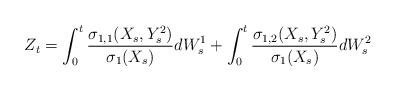
LaTeX: \begin{align*}Z_t = \int_0^t \frac{\sigma_{1,1} (X_s, Y^2_s) }{\sigma_1(X_s)} d W^1_s + \int_0^t \frac{\sigma_{1,2} (X_s, Y^2_s) }{\sigma_1(X_s)} d W^2_s\end{align*}